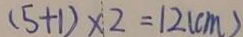
( 5 + 1 ) \times 2 = 1 2 ( c m )